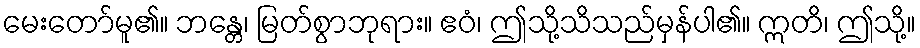
မေးတော်မူ၏။ ဘန္တေ၊ မြတ်စွာဘုရား။ ဧဝံ၊ ဤသို့သိသည်မှန်ပါ၏။ ဣတိ၊ ဤသို့။